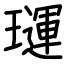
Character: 璭